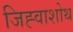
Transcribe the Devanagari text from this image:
जिह्वाशोथ